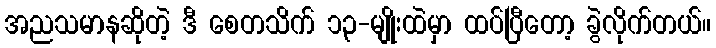
အညသမာနဆိုတဲ့ ဒီ စေတသိက် ၁၃-မျိုးထဲမှာ ထပ်ပြီတော့ ခွဲလိုက်တယ်။